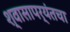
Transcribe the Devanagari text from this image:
श्वासापर्यंतचा